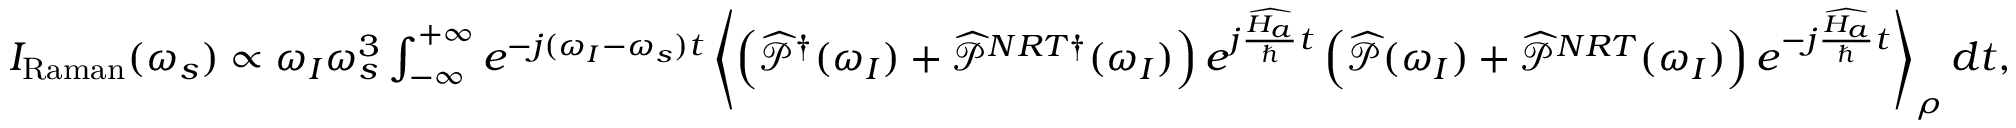
\begin{array} { r } { I _ { \mathrm { R a m a n } } ( \omega _ { s } ) \propto \omega _ { I } \omega _ { s } ^ { 3 } \int _ { - \infty } ^ { + \infty } e ^ { - j ( \omega _ { I } - \omega _ { s } ) t } \left\langle \left( \widehat { \mathcal { P } } ^ { \dagger } ( \omega _ { I } ) + \widehat { \mathcal { P } } ^ { N R T \dagger } ( \omega _ { I } ) \right) e ^ { j \frac { \widehat { H _ { a } } } { \hbar } t } \left( \widehat { \mathcal { P } } ( \omega _ { I } ) + \widehat { \mathcal { P } } ^ { N R T } ( \omega _ { I } ) \right) e ^ { - j \frac { \widehat { H _ { a } } } { \hbar } t } \right\rangle _ { \rho } d t , } \end{array}